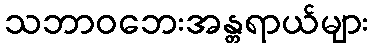
သဘာဝဘေးအန္တရာယ်များ